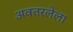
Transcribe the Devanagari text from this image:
अवतरलेला